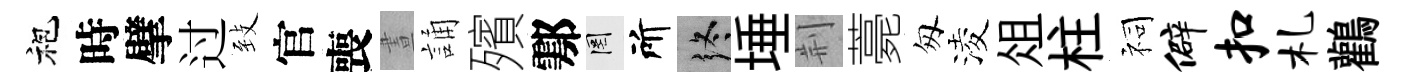
袍時擘过𦤺官喪晝誦殯鄠罔所终埵荆薧匆淩俎柱祠僻扣札鸛